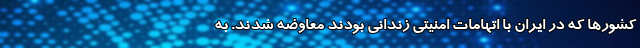
کشورها که در ایران با اتهامات امنیتی زندانی بودند معاوضه شدند. به